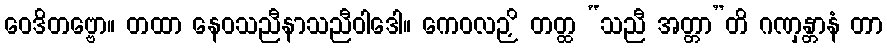
ဝေဒိတဗ္ဗော။ တထာ နေဝသညီနာသညီဝါဒေါ။ ကေဝလဉှိ တတ္ထ “သညီ အတ္တာ”တိ ဂဏှန္တာနံ တာ